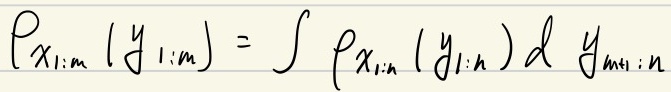
$p_{x_{1:m}}(y_{1:m}) = \int p_{x_{1:n}}(y_{1:n}) \mathrm{d} y_{m+1:n}$